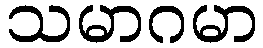
သမာဂမာ